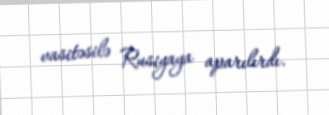
vasitəsilə Rusiyaya aparılırdı.